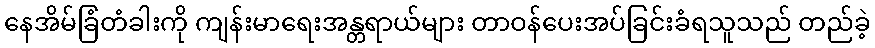
နေအိမ်ခြံတံခါးကို ကျန်းမာရေးအန္တရာယ်များ တာဝန်ပေးအပ်ခြင်းခံရသူသည် တည်ခဲ့